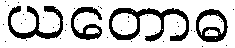
ယတောဓ